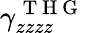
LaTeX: \gamma_{zzzz}^{\mathrm{~T~H~G~}}